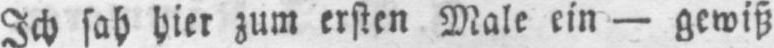
Ich sah hier zum ersten Male ein - gewiß